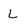
Character: L